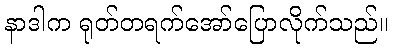
နာဒါက ရုတ်တရက်အော်ပြောလိုက်သည်။